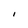
Character: I